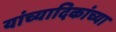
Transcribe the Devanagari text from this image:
यांच्यादिकांच्या